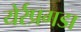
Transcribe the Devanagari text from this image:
येर्रप्रगडा